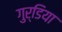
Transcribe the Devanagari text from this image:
गुर्डिया